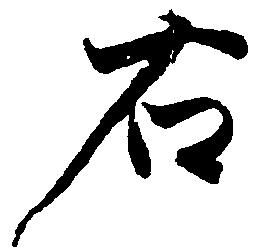
右